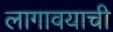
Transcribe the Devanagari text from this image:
लागावयाची